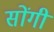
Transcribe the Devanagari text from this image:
सोंगी